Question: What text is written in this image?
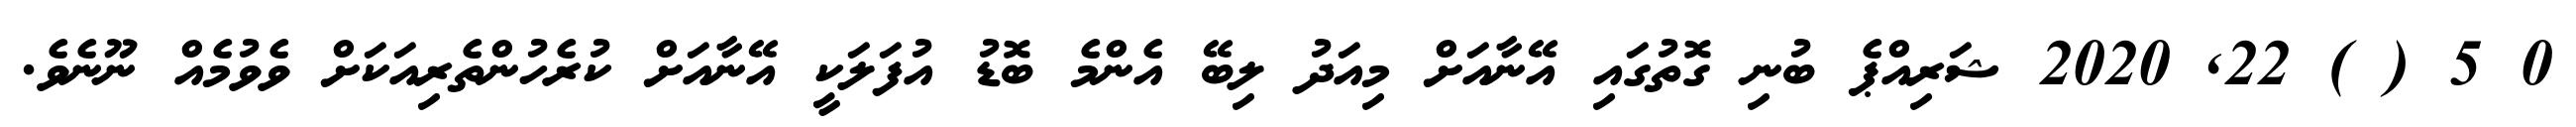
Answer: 0 5 ( ) 22, 2020 ޝަރިއްޕެ ބުނި ގޮތުގައި އޭނާއަށް މިއަދު ލިބޭ އެންމެ ބޮޑު އުފަލަކީ އޭނާއަށް ކުރެހުންތެރިއަކަށް ވެވުމެއް ނޫނެވެ.